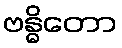
ဗန္ဓိတော